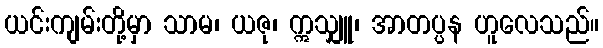
ယင်းကျမ်းတို့မှာ သာမ၊ ယဇု၊ ဣသျှူ၊ အာတပ္ပန ဟူလေသည်။